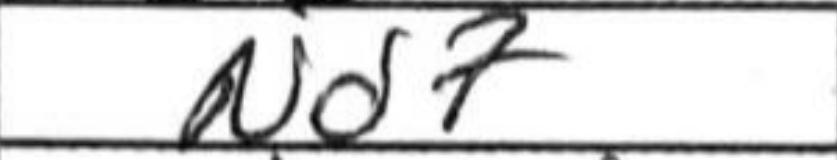
Transcription: Nd7